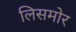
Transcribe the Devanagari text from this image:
लिसमोर